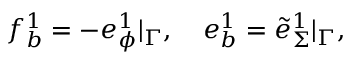
\begin{array} { r } { f _ { b } ^ { 1 } = - e _ { \phi } ^ { 1 } | _ { \Gamma } , \quad e _ { b } ^ { 1 } = \tilde { e } _ { \Sigma } ^ { 1 } | _ { \Gamma } , } \end{array}